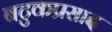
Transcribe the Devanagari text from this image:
बटुकप्रसाद